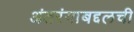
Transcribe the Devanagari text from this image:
अंतरंगाबद्दलची